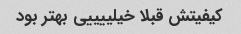
کیفیتش قبلا خیلییییی بهتر بود